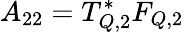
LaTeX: A_{22}=T_{Q,2}^{*}F_{Q,2}